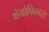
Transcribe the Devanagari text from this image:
थेयोफिलस